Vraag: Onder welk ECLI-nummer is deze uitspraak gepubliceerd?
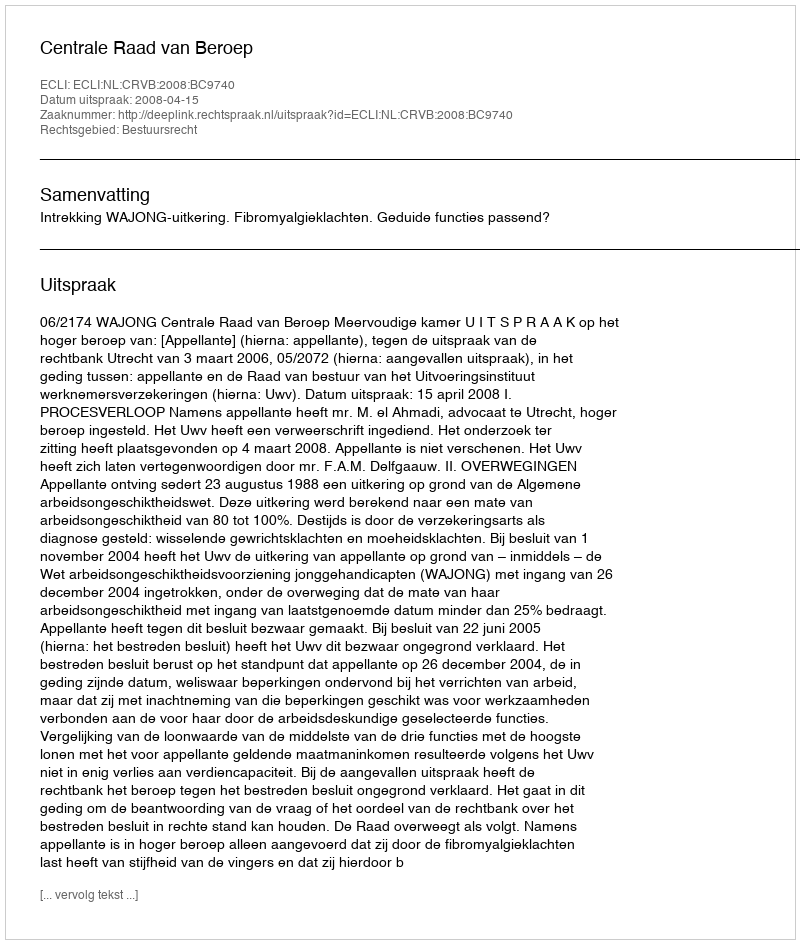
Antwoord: ECLI:NL:CRVB:2008:BC9740